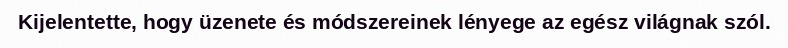
Kijelentette, hogy üzenete és módszereinek lényege az egész világnak szól.